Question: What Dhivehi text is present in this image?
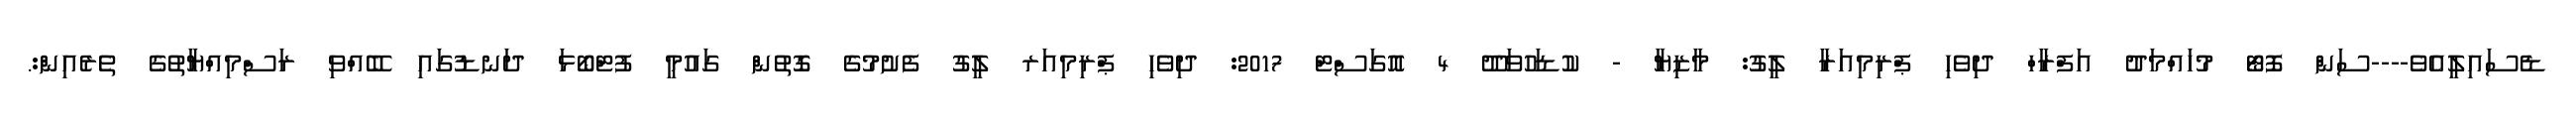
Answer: ޑެސައިލީއެވެ----ސަން ފޮޓޯ މުހައްމަދު އަފްރާހް ދިވެހި ޕްރިމިއަރާ ލީގު: މާޒިޔާ - ކުޑަހުވަދޫ 4 އޮގަސްޓް 2017: ދިވެހި ޕްރިމިއަރ ލީގު ފެށުމުގެ ގޮތުން ގައުމީ ފުޓްބޯޅަ ދަނޑުގައި ބޭއްވި ރަސްމިއްޔާތުގެ ތެރެއިން:.